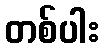
တစ်ပါး